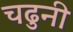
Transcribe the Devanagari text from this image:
चढुनी